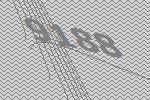
9188